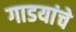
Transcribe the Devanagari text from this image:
गाडयांचे